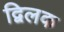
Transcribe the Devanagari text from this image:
द्विलक